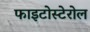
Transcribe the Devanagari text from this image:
फाइटोस्टेरोल